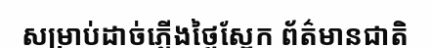
សម្រាប់ដាច់ភ្លើងថ្ងៃស្អែក ព័ត៌មានជាតិ